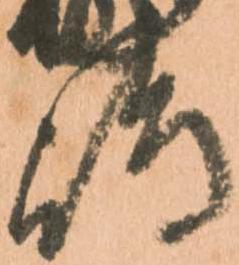
嶋